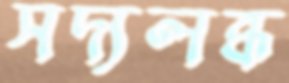
সদ্যলব্ধ